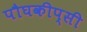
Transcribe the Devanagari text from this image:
पौघकीप्सी